Calcutta medical institutions reports 1892-1900
Year: 1892
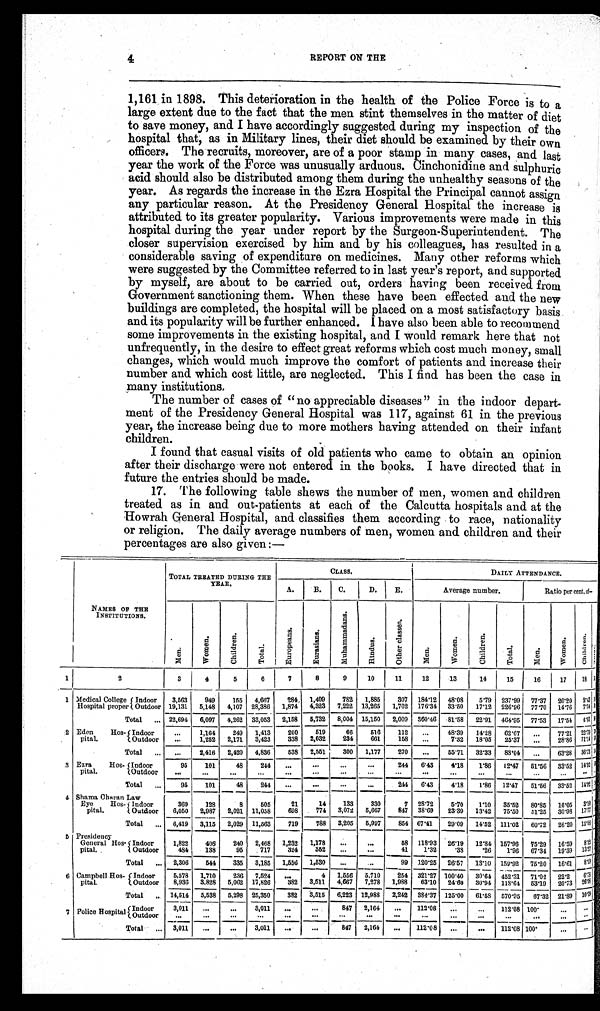
4
REPORT ON THE
1,161 in 1898. This deterioration in the health of the Police Force is to a
large extent due to the fact that the men stint themselves in the matter of diet
to save money, and I have accordingly suggested during my inspection of the
hospital that, as in Military lines, their diet should be examined by their own
officers. The recruits, moreover, are of a poor stamp in many cases, and last
year the work of the Force was unusually arduous. Cinchonidine and sulphuric
acid should also be distributed among them during the unhealthy seasons of the
year. As regards the increase in the Ezra Hospital the Principal cannot assign
any particular reason. At the Presidency General Hospital the increase is
attributed to its greater popularity. Various improvements were made in this
hospital during the year under report by the Surgeon-Superintendent. The
closer supervision exercised by him and by his colleagues, has resulted in a
considerable saving of expenditure on medicines. Many other reforms which
were suggested by the Committee referred to in last year's report, and supported
by myself, are about to be carried out, orders having been received from
Government sanctioning them. When these have been effected and the new
buildings are completed, the hospital will be placed on a most satisfactory basis
and its popularity will be further enhanced. I have also been able to recommend
some improvements in the existing hospital, and I would remark here that not
unfrequently, in the desire to effect great reforms which cost much money, small
changes, which would much improve the comfort of patients and increase their
number and which cost little, are neglected. This I find has been the case in
many institutions.
The number of cases of "no appreciable diseases" in the indoor depart-
ment of the Presidency General Hospital was 117, against 61 in the previous
year, the increase being due to more mothers having attended on their infant
children.
I found that casual visits of old patients who came to obtain an opinion
after their discharge were not entered in the books. I have directed that in
future the entries should be made.
17. The following table shews the number of men, women and children
treated as in and out-patients at each of the Calcutta hospitals and at the
Howrah General Hospital, and classifies them according to race, nationality
or religion. The daily average numbers of men, women and children and their
percentages are also given:—
NAMES OF THE
INSTITUTIONS.
TOTAL TREATED DURING THE
YEAR.
CLASS.
DAILY ATTENDANCE.
A.
B.
C.
D.
E.
Average number.
Ratio per cent. of—
M e n .
W o m e n .
C h i l d r e n .
T o t a l .
E u r o p e a n s .
E u r a s i a n s .
M u h a m m a d a n s .
H i n d u s .
O t h e r c l a s s e s .
M e n .
Women.
C h i l d r e n .
T o t a l .
M e n .
W o m e n .
C h i l d r e n .
1
2
3
4
5
6
7
8
9
10
11
12
13
14
15
16
17
18
1 Medical College
Hospital proper
Indoor 3,563
949
155 4,667
284 1,409
782 1,885
307 184.12 48.08 5.79 237.99 77.37 20.20 2.43
Outdoor 19,131 5,148 4,107 28,386 1,874 4,323 7,222 13,265 1,702 176.34 33.50 17.12 226.96 77.70 14.76
7 . 5 4
Total ... 22,694 6,097 4,262 33,053 2,158 5,732 8,004 15,150 2,009 360.46 81.58 22.91 464.95 77.53 17.54 4.93
2 Eden Hos-
pital.
Indoor
. . . 1,164
249 1,413
200
519
66
516
112 ...
48.39 14.28 62.67 ...
77.21 22.79
Outdoor
. . .
1,252 2,171 3,423
338 2,032
234
661
158 ...
7.32 18.05 25.37 ...
28.86 71.14
Total ... ...
2,416 2,420 4,836
538 2,551
300 1,177
270 ...
55.71 32.33 88.04 ...
63.28 36.72
3 Ezra Hos-
pital.
Indoor
95
101
48
244 ...
. . .
. . .
. . .
244 6.43
4.18 1.86 12.47 51.56 33.52 14.92
Outdoor
...
...
...
...
...
. . .
. . .
. . .
. . .
. . .
...
...
...
...
. . .
. . .
Total ...
95
101
48
244 ...
. . .
. . .
...
244 6.43
4.18
1.86 12.47 51.56 33.52 14.92
4 Shama Charan Law
Eye Hos-
pital.
Indoor
369
128
8
505
21
14
133
330
7 28.72
5.70
1.10 35.52 80.85 16.05 3.10
Outdoor 6,050 2,987 2,021 11,058
698
774 3,072 5,667
847 38.69 23.39 13.42 75.50
51.25 30.98 17.17
Total ... 6,419 3,115 2,029 11,563
719
788 3,205 5,997
854 67.41 29.09 14.52 111.02 60.72 26.20
1 3
. 0 8
5 Presidency
General Hos-
pital.
Indoor
1,822
406
240 2,468 1,232 1,178 ...
. . .
58 118.93 26.19 12.84 157.96 75.29 16.59
8 . 1 2
Outdoor
484
138
95
717
324
352 ...
...
41
1.32
.38
. 2 6 1.96 67.34 19.39 13.27
Total ... 2,306
544
335 3,185 1,556 1,530 ...
. . .
99 120.25 26.57 13.10 159.92 75.20 16.61
8 . 1 9
6 Campbell Hos-
pital.
Indoor
5,578 1,710
236 7,524 ...
4 1,556 5,710 254 321.27 100.40 30.64 452.31 71.02 22.2 6.78
Outdoor 8,936 3,828 5,062 17,826
382 3,511 4,667 7,278 1,988 63.10 24.60 30.94 118.64 53.19 20.73 26.08
Total
. . . 14,514 5,538 5,298 25,350
382 3,515 6,223 12,988 2,242 384.37 125.00 61.58 570.95 67.32 21.89 10.79
7 Police Hospital Indo or 3,011 ...
...
3,011
...
...
847 2,164
. . . 112.08 ...
...
112.08 100.
. . .
. . .
Indoor
Outdoor
. . .
. . .
...
...
. . .
. . .
...
. . .
...
. . . ...
... ...
. . .
...
. . .
Total ... 3,011 ...
...
3,011 ...
. . .
847 2,164 ...
112.08 ...
...
112.08 100.
...
...